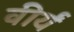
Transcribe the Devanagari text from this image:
वीर्यं